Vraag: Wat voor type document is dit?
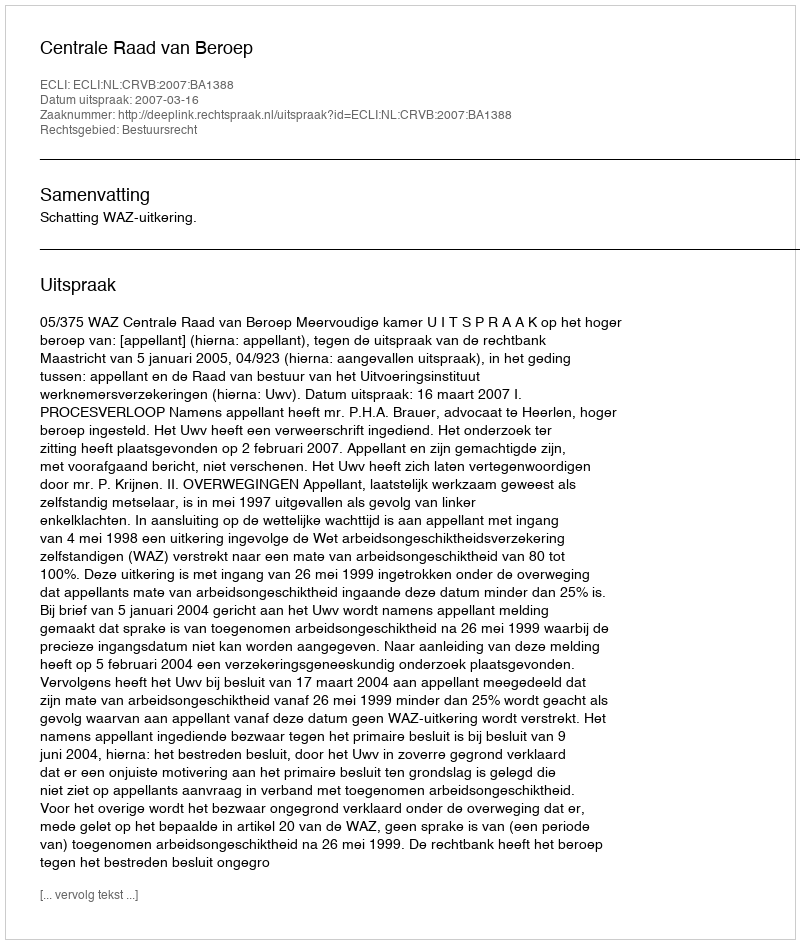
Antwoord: Uitspraak